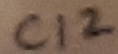
Text: C12